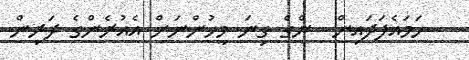
ހަމައެފަދައިން  ންގެ ގިނަ މީހުންނަށް އެއުރެންގެ ދަރިން